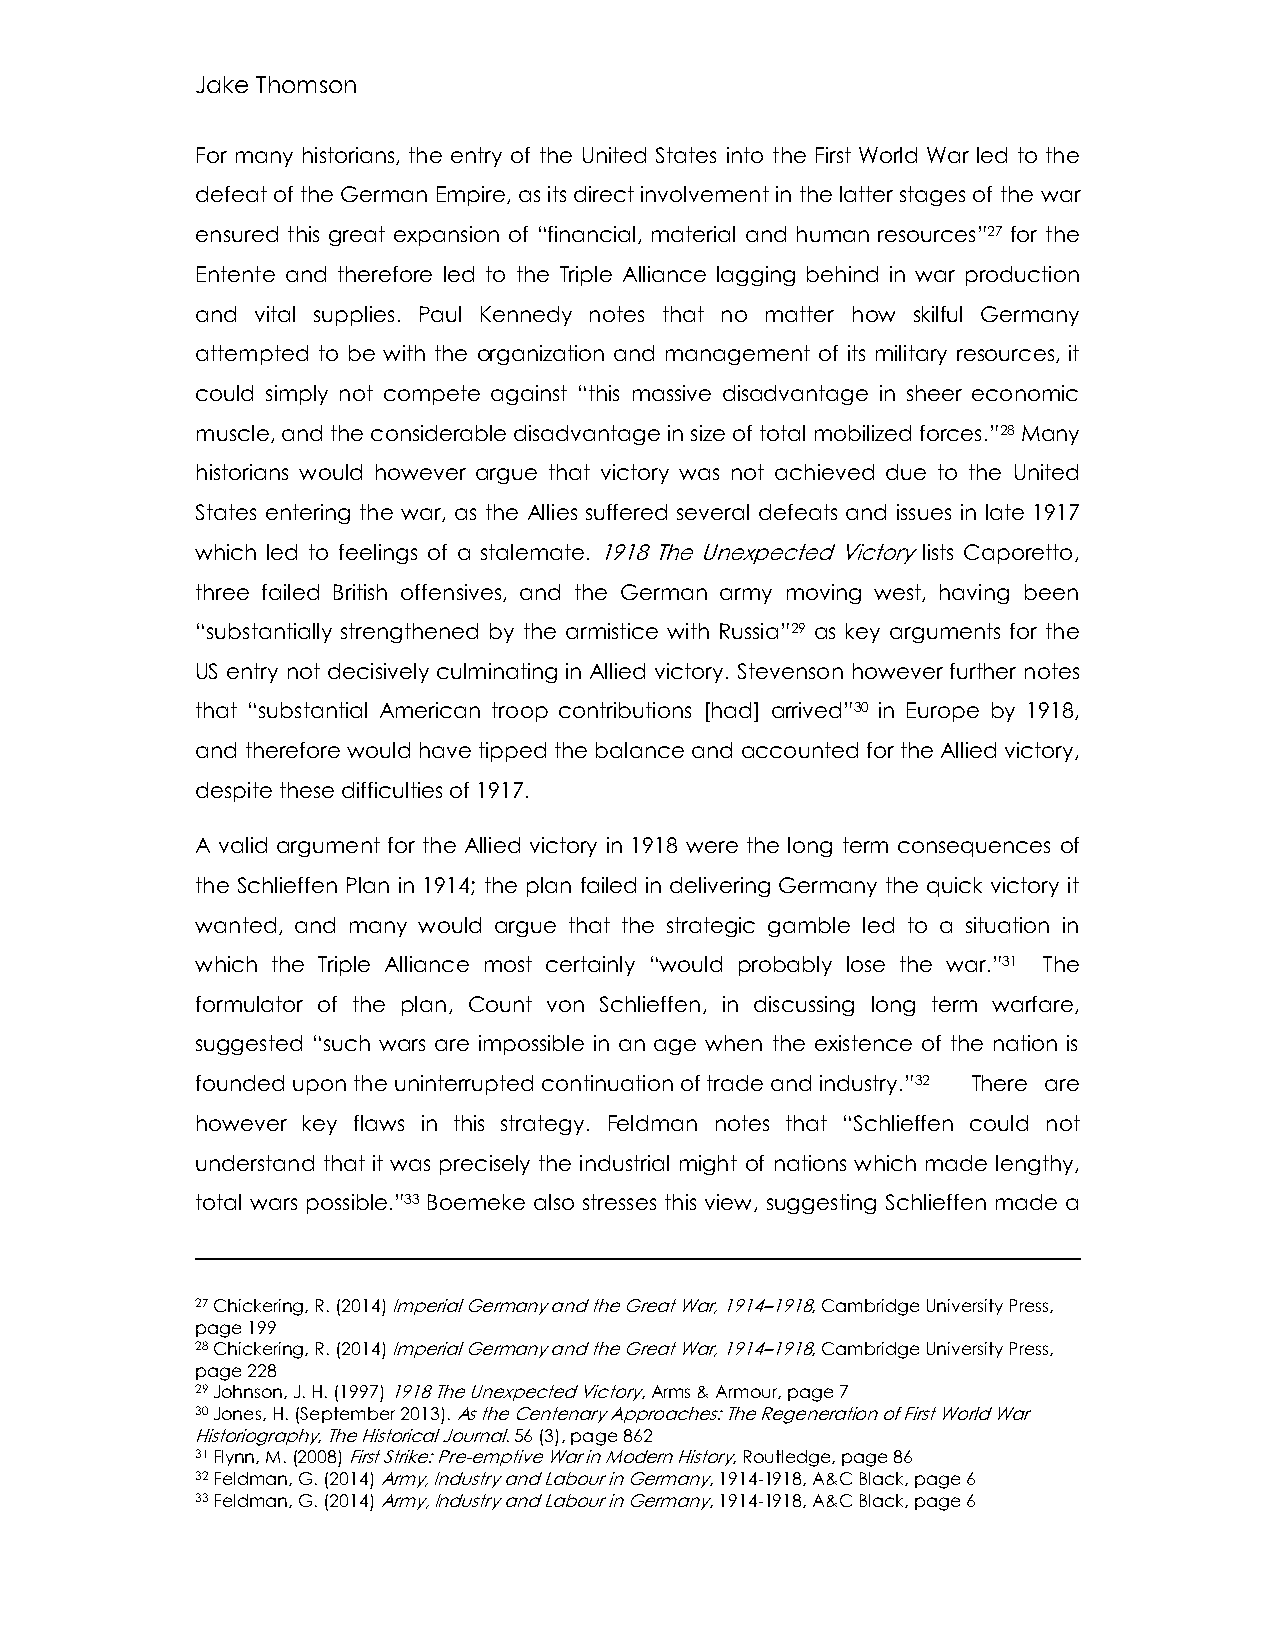
Jake Thomson
 For many historians, the entry of the United States into the First World War led to the
 defeat of the German Empire, as its direct involvement in the latter stages of the war
 ensured this great expansion of “financial, material and human resources”27 for the
 Entente and therefore led to the Triple Alliance lagging behind in war production
 and vital supplies. Paul Kennedy notes that no matter how skilful Germany
 attempted to be with the organization and management of its military resources, it
 could simply not compete against “this massive disadvantage in sheer economic
 muscle, and the considerable disadvantage in size of total mobilized forces.”28 Many
 historians would however argue that victory was not achieved due to the United
 States entering the war, as the Allies suffered several defeats and issues in late 1917
 which led to feelings of a stalemate. 1918 The Unexpected Victory lists Caporetto,
 three failed British offensives, and the German army moving west, having been
 “substantially strengthened by the armistice with Russia”29 as key arguments for the
 US entry not decisively culminating in Allied victory. Stevenson however further notes
 that “substantial American troop contributions [had] arrived”30 in Europe by 1918,
 and therefore would have tipped the balance and accounted for the Allied victory,
 despite these difficulties of 1917.
 A valid argument for the Allied victory in 1918 were the long term consequences of
 the Schlieffen Plan in 1914; the plan failed in delivering Germany the quick victory it
 wanted, and many would argue that the strategic gamble led to a situation in
 which the Triple Alliance most certainly “would probably lose the war.”31 The
 formulator of the plan, Count von Schlieffen, in discussing long term warfare,
 suggested “such wars are impossible in an age when the existence of the nation is
 founded upon the uninterrupted continuation of trade and industry.”32 There are
 however key flaws in this strategy. Feldman notes that “Schlieffen could not
 understand that it was precisely the industrial might of nations which made lengthy,
 total wars possible.”33 Boemeke also stresses this view, suggesting Schlieffen made a
 27 Chickering, R. (2014) Imperial Germany and the Great War, 1914–1918, Cambridge University Press,
 page 199
 28 Chickering, R. (2014) Imperial Germany and the Great War, 1914–1918, Cambridge University Press,
 page 228
 29 Johnson, J. H. (1997) 1918 The Unexpected Victory, Arms & Armour, page 7
 30 Jones, H. (September 2013). As the Centenary Approaches: The Regeneration of First World War
 Historiography, The Historical Journal. 56 (3), page 862
 31 Flynn, M. (2008) First Strike: Pre-emptive War in Modern History, Routledge, page 86
 32 Feldman, G. (2014) Army, Industry and Labour in Germany, 1914-1918, A&C Black, page 6
 33 Feldman, G. (2014) Army, Industry and Labour in Germany, 1914-1918, A&C Black, page 6